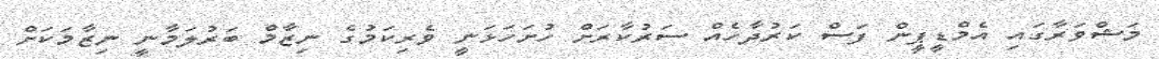
މަޝްވަރާގައި އެމްޑީޕީން ފަސް ކަރުދާހެއް ސަރުކާރަށް ހުށަހަޅަނީ ވެރިކަމުގެ ނިޒާމް ބަރުލަމާނީ ނިޒާމަަކަށް